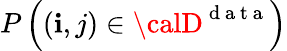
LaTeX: P\left((\mathbf{i},j)\in{\calD}^{\mathrm{{~d~a~t~a~}}}\right)